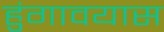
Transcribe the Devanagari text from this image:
हुंगावयास